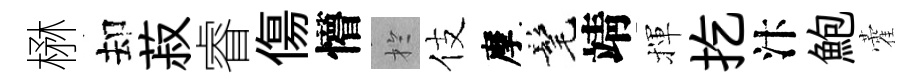
楙却菽睿傷懵扵伎摩髦靖揮扢汴鮑藿